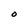
Character: 0